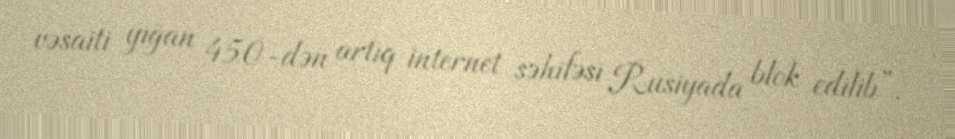
vəsaiti yığan 450-dən artıq internet səhifəsi Rusiyada blok edilib”.